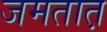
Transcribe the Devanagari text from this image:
जमतात़